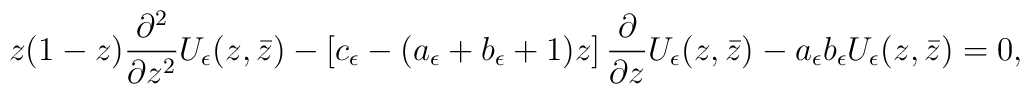
z(1-z)\frac{\partial^2}{\partial z^2}U_\epsilon(z,\bar{z})-\left[ c_\epsilon -(a_\epsilon +b_\epsilon+1)z\right]\frac{\partial}{\partial z}U_\epsilon(z,\bar{z})-a_\epsilon b_\epsilon U_\epsilon(z,\bar{z})=0,